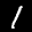
Label: 1